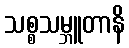
သစ္စသမ္ဘူတာနိ